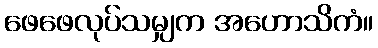
ဖေဖေလုပ်သမျှက အဟောသိကံ။